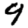
Digit: 9